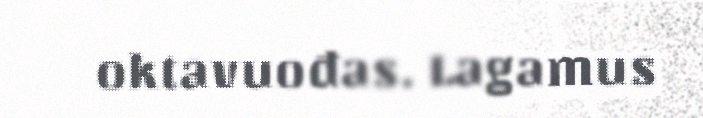
oktavuođas. Lagamus